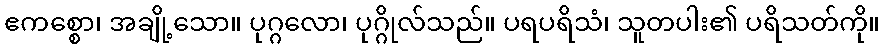
ဧကစ္စော၊ အချို့သော။ ပုဂ္ဂလော၊ ပုဂ္ဂိုလ်သည်။ ပရပရိသံ၊ သူတပါး၏ ပရိသတ်ကို။